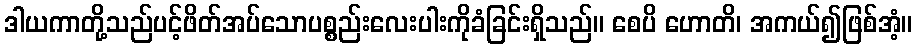
ဒါယကာတို့သည်ပင့်ဖိတ်အပ်သောပစ္စည်းလေးပါးကိုခံခြင်းရှိသည်။ စေပိ ဟောတိ၊ အကယ်၍ဖြစ်အံ့။